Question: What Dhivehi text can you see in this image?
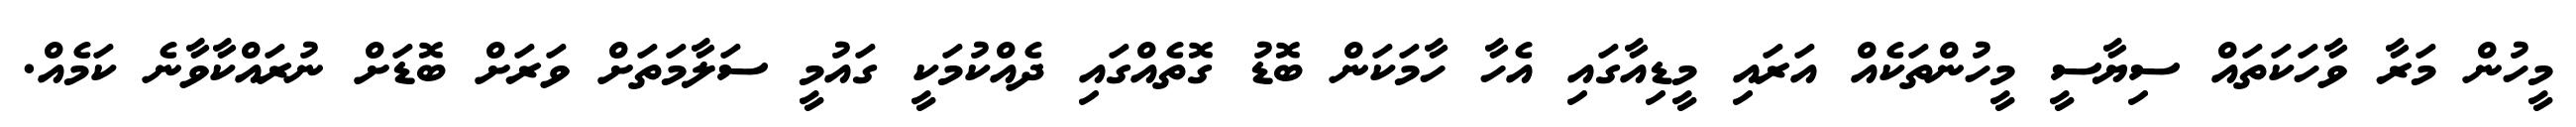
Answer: މީހުން މަރާ ވާހަކަތައް ސިޔާސީ މީހުންތަކެއް އަރައި މީޑިއާގައި އެހާ ހާމަކަން ބޮޑު ގޮތެއްގައި ދެއްކުމަކީ ގައުމީ ސަލާމަތަށް ވަރަށް ބޮޑަށް ނުރައްކާވާނެ ކަމެއް.